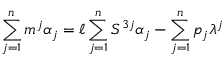
\sum _ { j = 1 } ^ { n } m ^ { j } \alpha _ { j } = \ell \sum _ { j = 1 } ^ { n } S ^ { 3 j } \alpha _ { j } - \sum _ { j = 1 } ^ { n } p _ { j } \lambda ^ { j }